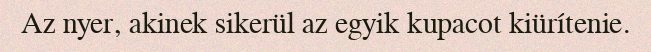
Az nyer, akinek sikerül az egyik kupacot kiürítenie.